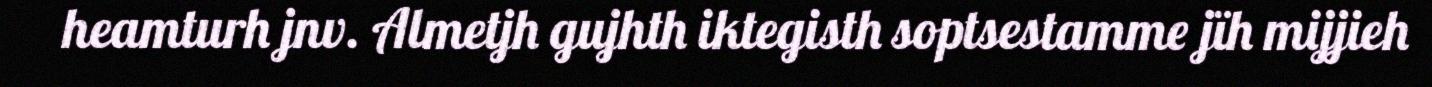
heamturh jnv. Almetjh gujhth iktegisth soptsestamme jïh mijjieh